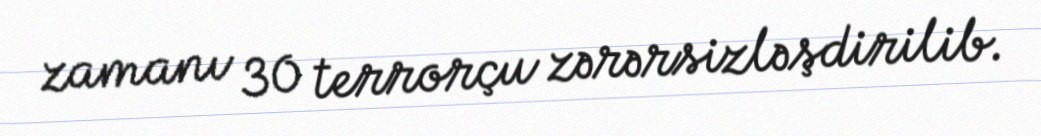
zamanı 30 terrorçu zərərsizləşdirilib.